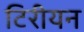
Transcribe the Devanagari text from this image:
टिरीयन